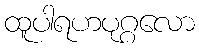
ထူပါရဟပုဂ္ဂလော